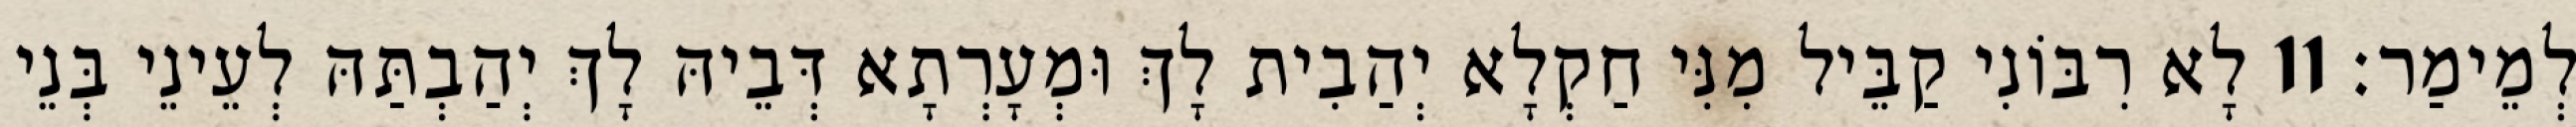
לְמֵימַר׃ 11 לָא רִבּוֹנִי קַבֵּיל מִנִּי חַקְלָא יְהַבִית לָךְ וּמְעָרְתָא דְּבֵיהּ לָךְ יְהַבְתַּהּ לְעֵינֵי בְּנֵי